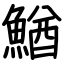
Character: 鰌